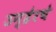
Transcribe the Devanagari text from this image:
उन्हेरचे